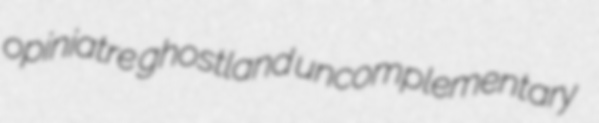
opiniatre ghostland uncomplementary